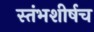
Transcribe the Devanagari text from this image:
स्तंभशीर्षच